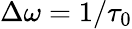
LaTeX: \Delta\omega=1/\tau_{0}